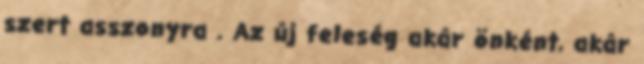
szert asszonyra . Az új feleség akár önként, akár